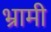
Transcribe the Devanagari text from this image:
भ्रामी